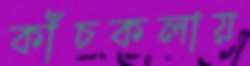
কাঁচকলায়